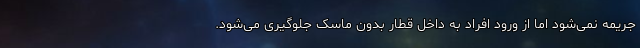
جریمه نمی‌شود اما از ورود افراد به داخل قطار بدون ماسک جلوگیری می‌شود.